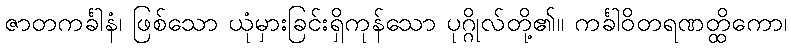
ဇာတကင်္ခါနံ၊ ဖြစ်သော ယုံမှားခြင်းရှိကုန်သော ပုဂ္ဂိုလ်တို့၏။ ကင်္ခါဝိတရဏတ္ထိကော၊